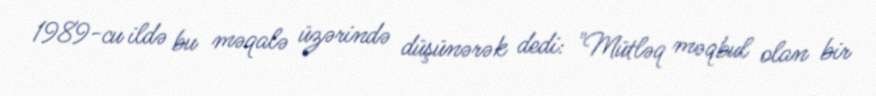
1989-cu ildə bu məqalə üzərində düşünərək dedi: "Mütləq məqbul olan bir